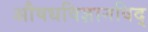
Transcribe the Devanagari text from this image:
अाैषधविज्ञानविद्